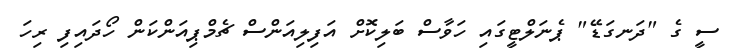
ސީ ގެ "ދަނގަޑޭ" ޕެނަލްޓީގައި ހަވާސް ބަލިކޮށް އަފިލިއަންސް ޗެމްޕިއަންކަން ހޯދައިފި ރިހަ